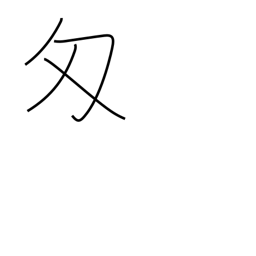
Meaning: monme